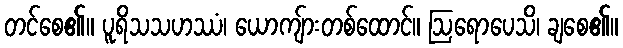
တင်စေ၏။ ပူရိသသဟဿံ၊ ယောကျ်ားတစ်ထောင်။ ဩရောပေသိ၊ ချစေ၏။